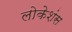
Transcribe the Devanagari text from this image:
लोकेशंस